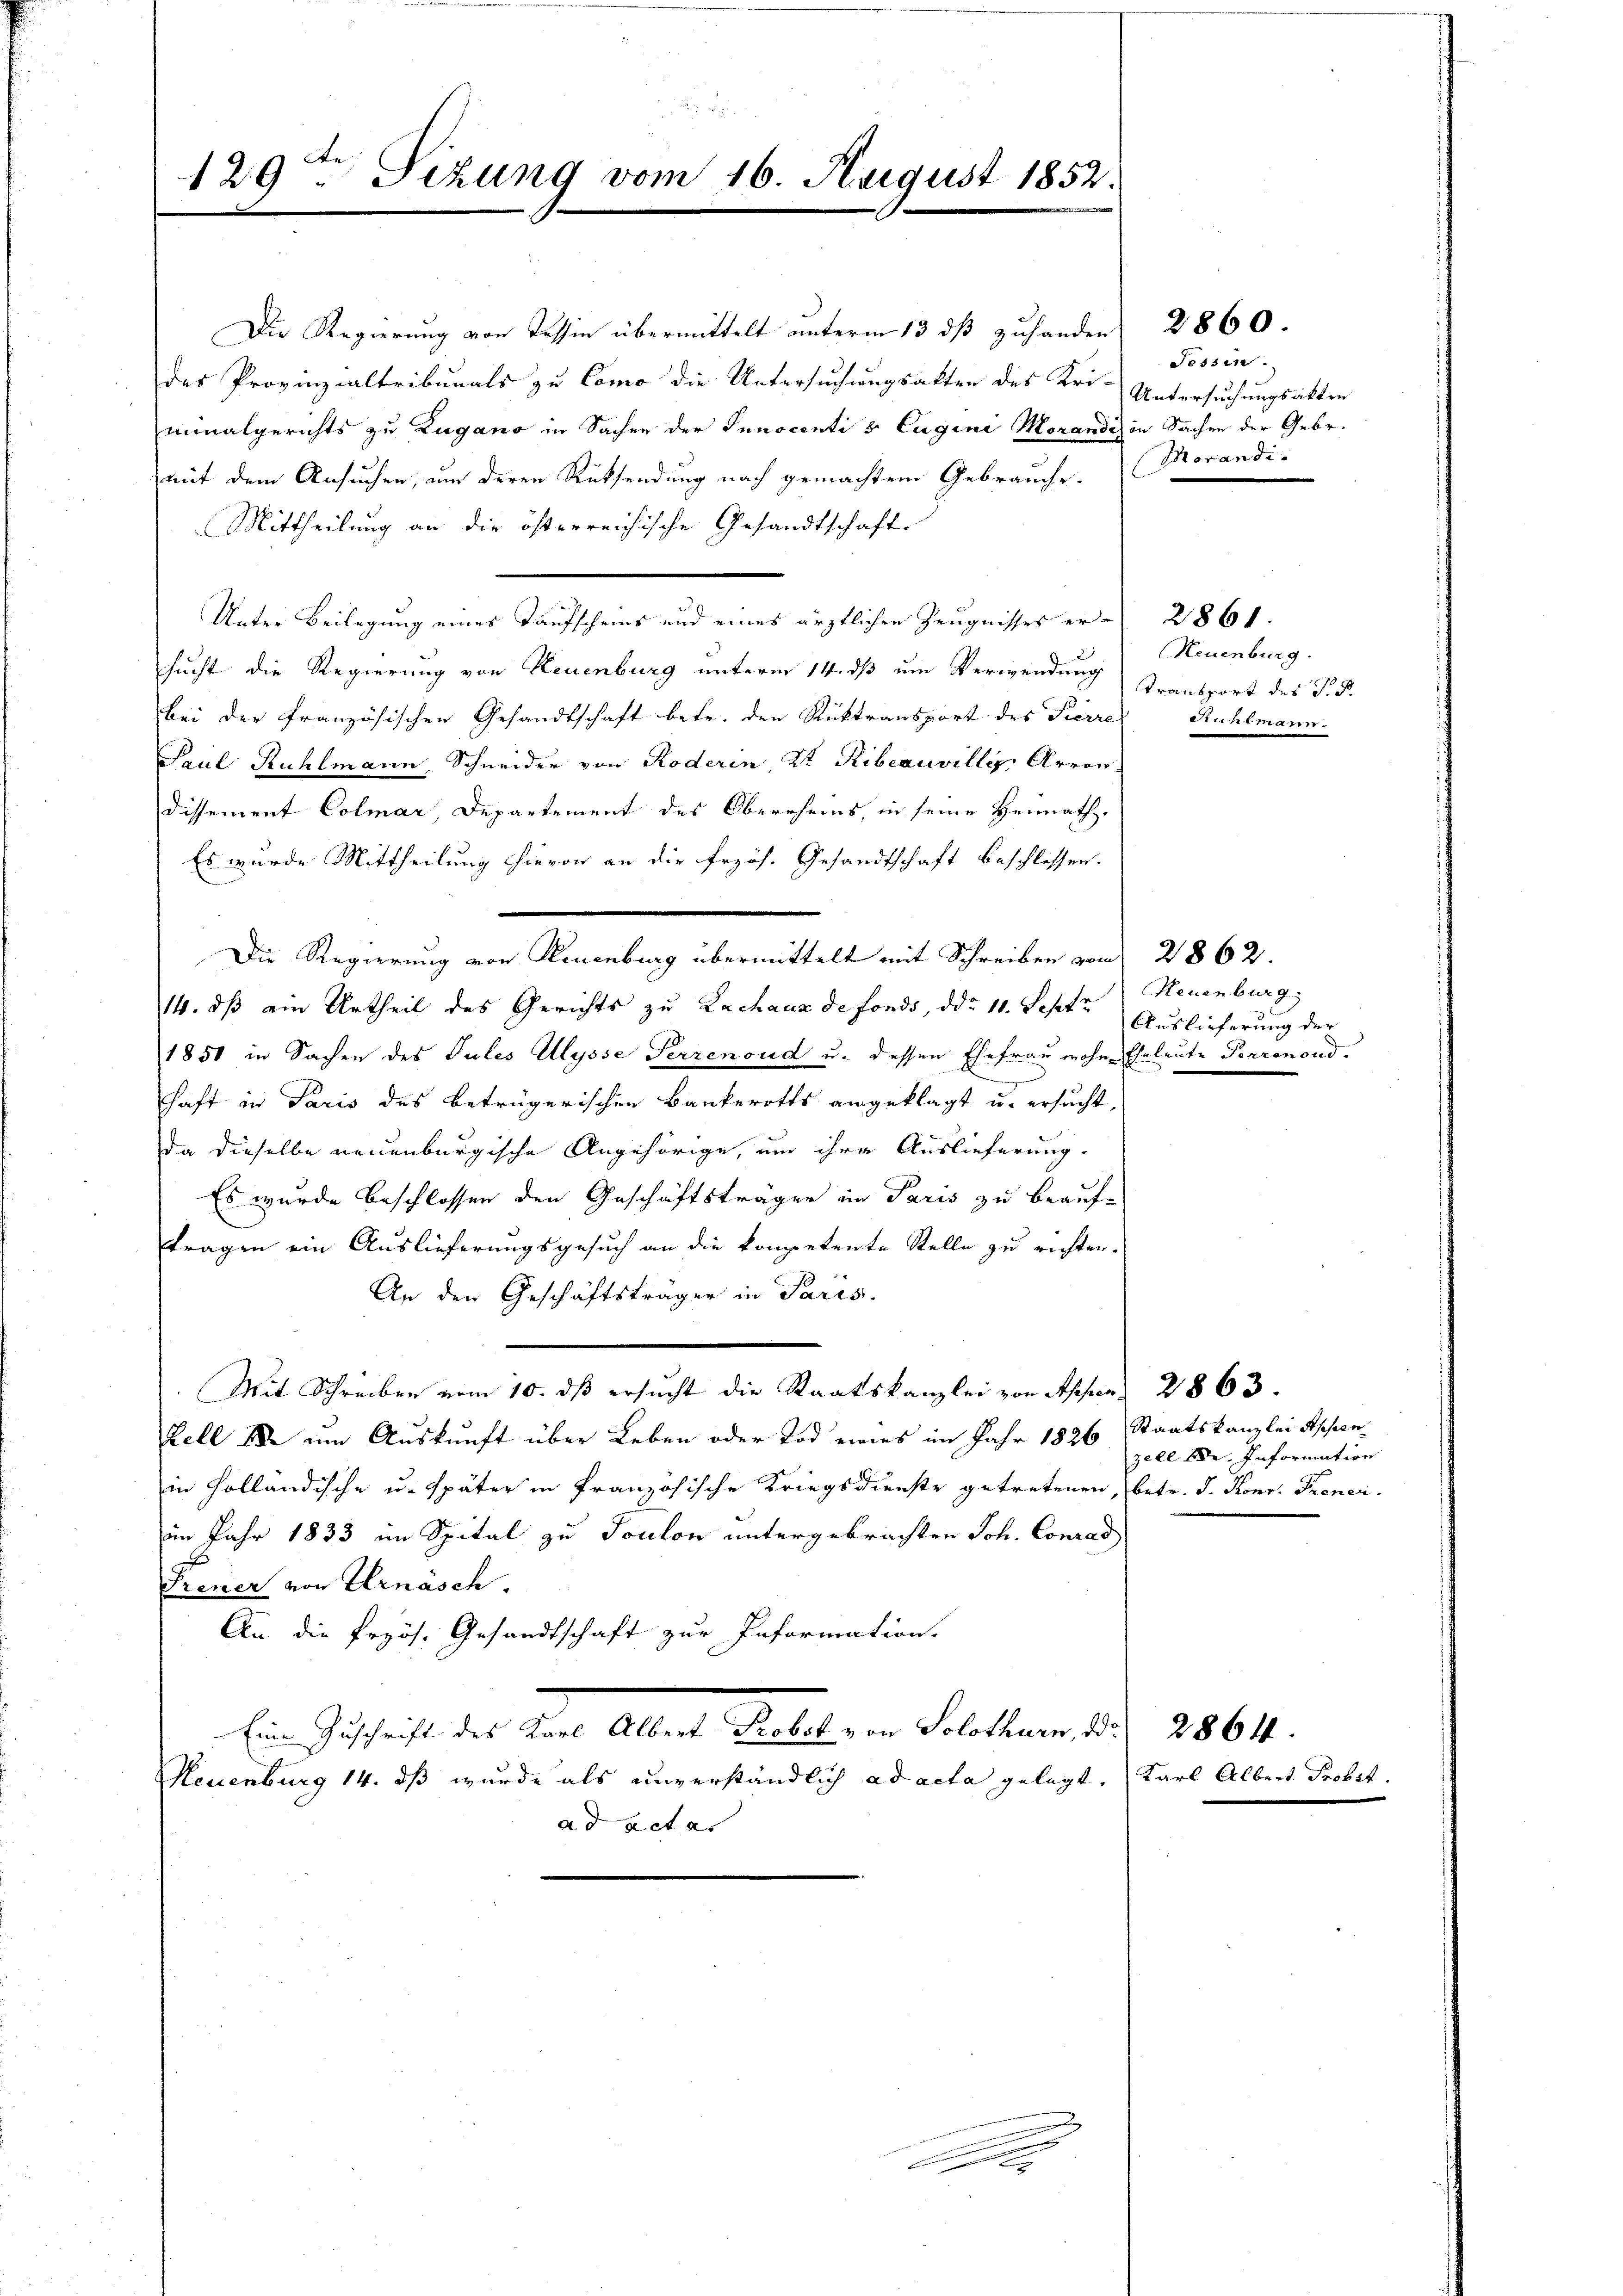
129ten Sizung vom 16. August 1852.

des Provinzialtribunals zu Como die Untersuchungsakten des Uri-
minalgerichts zu Zugano in Sachen der Innocenti s Eugine Morandis in Sachen der Gebr.
mit dem Ansuchen, um deren Rücksendung nach gemachtem Gebrauche.
Mittheilung an die österreichische Gesandtschaft
Unter Beilegung eines Taufscheins und eines ärztlichen Zeugnisses er
sucht die Regierung von Neuenburg unterm 14. ds um Verwendung
bei der französischen Gesandtschaft betr. den Rüktransport des Pierre Rühlmann
Paul Rühlmann, Schneider von Roderin, St. Ribeauville Arron
Dissement Colmar, Departement des Oberrheins, in seine Heimath
Es wurde Mittheilung hievon an die frzös. Gesandtschaft beschlossen:
Die Regierung von Neuenburg übermittelt mit Schreiben vom
14. dß ain Urtheil des Gerichts zu Lachaus de fonds, ddo 11. Septe
1850 in Sachen des Gutes Ulysse Perrenoud u. dessen Ehefrau wohne Eheleute Perrenond.
haft in Paris des betrügerischen Bankerotts angeklagt u. ersucht,
da dieselbe neuenburgische Angehörige, um ihre Auslieferung
Es wurde beschlossen den Geschäftsträger im Paris zu beauftragen ein Auslieferungsgesuch an die kompetente Stelle zu richten.
An den Geschäftsträger in Paris.
Mit Schreiben vom 10. dß ersucht die Staatskanzlei von Appen 2863.
Zell 180 um Auskunft über Leben oder Tod eines im Jahr 1826 Staatskanzlei Appenin Holländische u. später in Französische Kriegsdienste getretenen, betr. J. Konr. Frener.
im Jahr 1833 im Spital zu Toulon untergebrachten Joh. Conrad
Treuer von Urnäsch.
An die fryös. Gesandtschaft zur Information.
Eine Zuschrift des Karl Albert Probst von Solothurn, d. 2864.
Neuenburg 14. dß wurde als unverständlich ad acta gelegt. (Karl Albert Probet.
ad actes

Die Regierung von Tessin übermittelt unterm 13 dß zuhanden 2860.

Seer

Tessin.
Untersuchungsakten
Morandi

Neuenburg.
Transport des P. P.

2861.

2862.
Neuenburg
Auslieferung der

zell I. Information